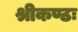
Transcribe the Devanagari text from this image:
श्रीकण्ठः